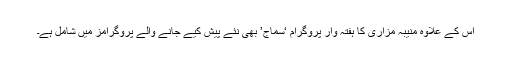
اس کے علاوہ منیبہ مزاری کا ہفتہ وار پروگرام ‘سماج’ بھی نئے پیش کیے جانے والے پروگرامز میں شامل ہے۔